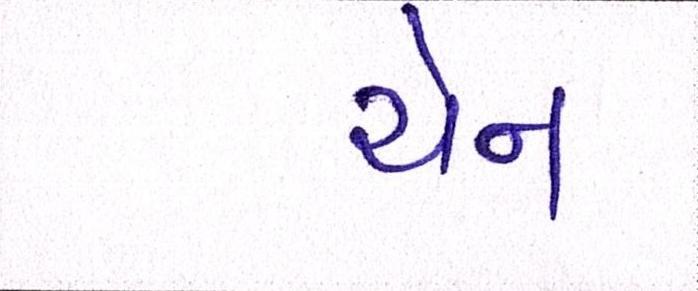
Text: ચેન